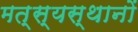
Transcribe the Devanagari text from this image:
मत्स्यस्थानों